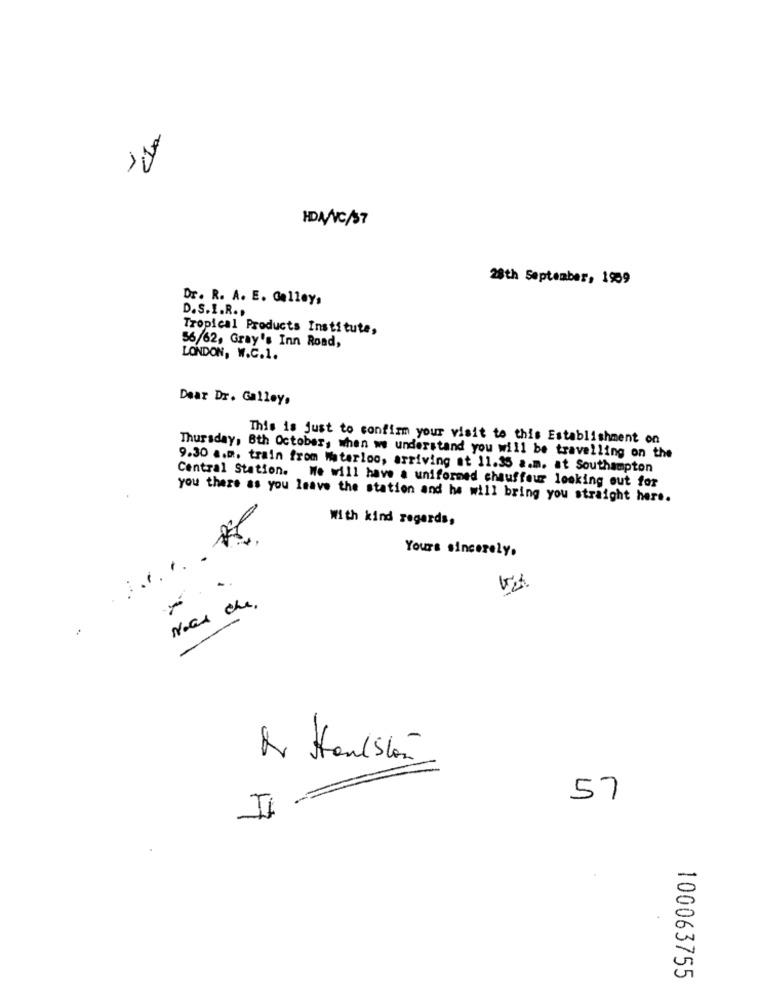
HDA/C/37
28th September, 1959
Dr. R. A. E. Galley,
D. S. I.R.
Tropical Products Institute,
56/62, Gray's Inn Road,
LONDON, W.C.1.
Dear Dr. Galley.
This is just to confirm your visit to this Establishment on
Thursday, Bth October, when we understand you will be travelling on the
9.30 a.m. train from Waterloo, arriving at 11.35 a.m. at Southampton
Central Station. We will have a uniformed chauffeur looking out for
you there as you leave the station and he will bring you straight here.
With kind regards,
Yours sincerely.
Nous che.
Nr Houston
57
I
100063755